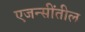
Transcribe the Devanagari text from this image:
एजन्सींतील